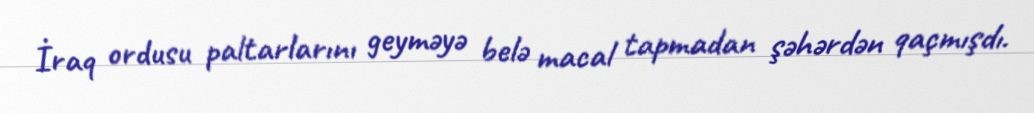
İraq ordusu paltarlarını geyməyə belə macal tapmadan şəhərdən qaçmışdı.